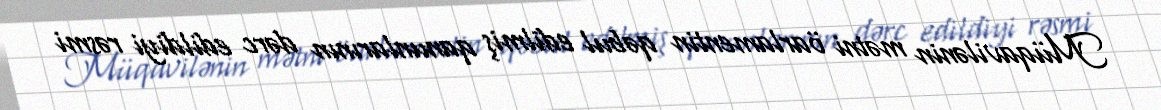
Müqavilənin mətni öarlamentin qəbul edilmiş qanunlarının dərc edildiyi rəsmi